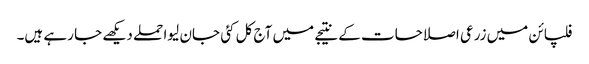
فلپائن میں زرعی اصلاحات کے نتیجے میں آج کل کئی جان لیوا حملے دیکھے جا رہے ہیں۔